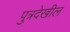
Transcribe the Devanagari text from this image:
पुत्रदेखील